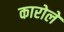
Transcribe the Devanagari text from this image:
कारोले